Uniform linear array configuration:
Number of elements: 64
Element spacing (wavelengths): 0.5
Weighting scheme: uniform
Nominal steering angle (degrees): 45
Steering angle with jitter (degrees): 43.91
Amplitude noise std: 0.05
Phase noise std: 0.05

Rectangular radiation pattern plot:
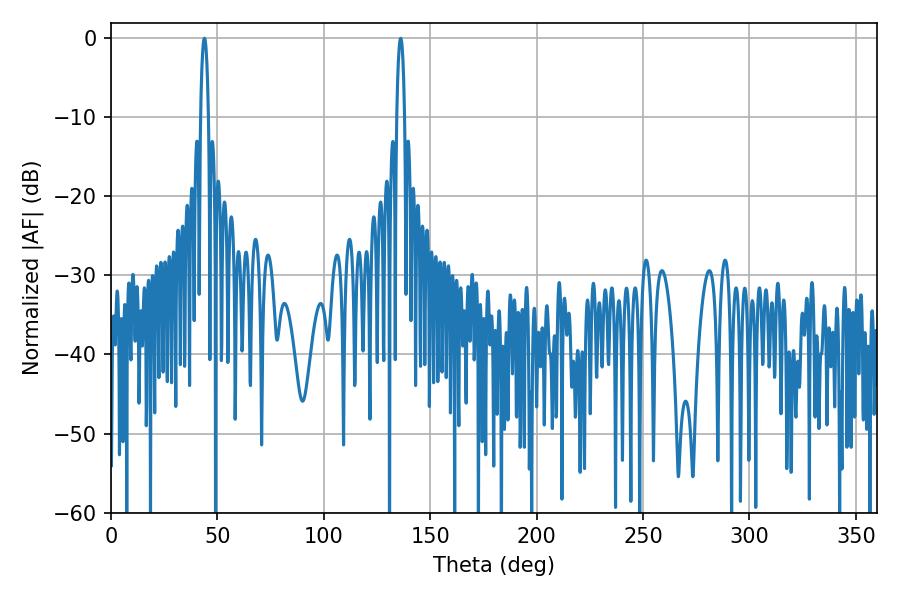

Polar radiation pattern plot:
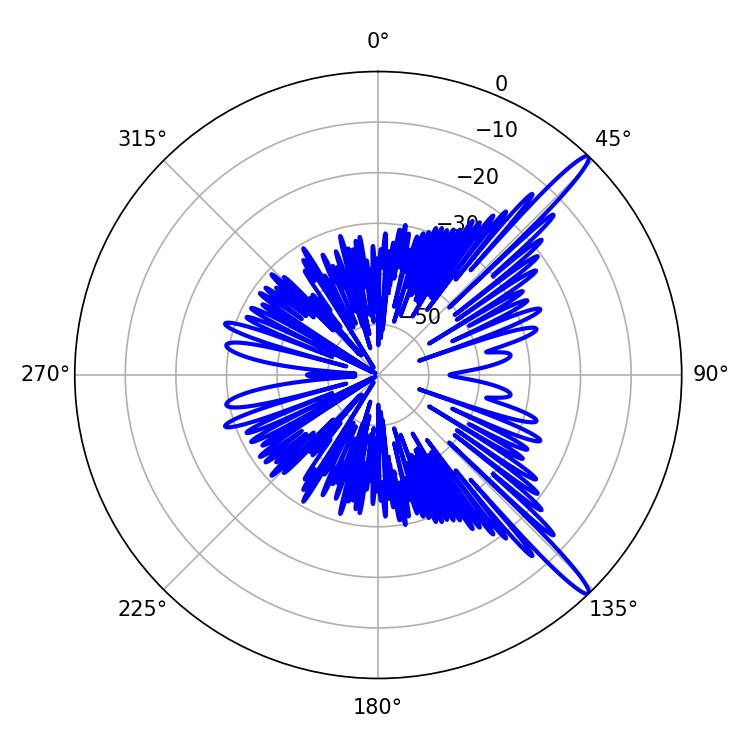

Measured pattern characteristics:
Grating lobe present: FALSE
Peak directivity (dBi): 15.257
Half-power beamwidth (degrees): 2.16
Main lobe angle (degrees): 136.08